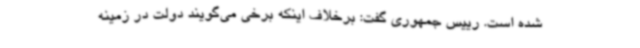
شده است. رییس جمهوری گفت: برخلاف اینکه برخی می‌گویند دولت در زمینه